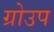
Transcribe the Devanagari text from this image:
ग्रोउप